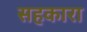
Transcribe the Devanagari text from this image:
सहकारा